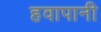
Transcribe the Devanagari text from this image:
हवापानी